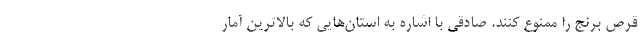
قرص برنج را ممنوع کنند. صادقی با اشاره به استان‌هایی که بالاترین آمار